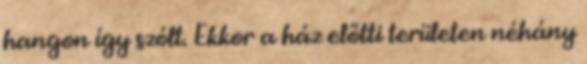
hangon így szólt. Ekkor a ház előtti területen néhány